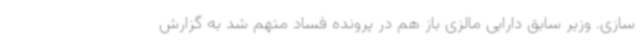
سازی. وزیر سابق دارایی مالزی باز هم در پرونده فساد متهم شد به گزارش